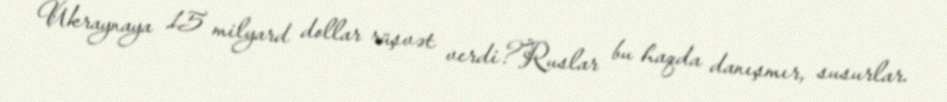
Ukraynaya 15 milyard dollar rüşvət verdi?Ruslar bu haqda danışmır, susurlar.